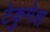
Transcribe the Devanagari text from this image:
टेकुमेश